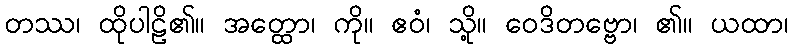
တဿ၊ ထိုပါဠိ၏။ အတ္ထော၊ ကို။ ဧဝံ၊ သို့။ ဝေဒိတဗ္ဗော၊ ၏။ ယထာ၊